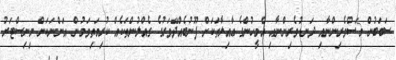
ސަބަބުން މަސްވެރިންނާއި ދަނޑުވެރިންނާއި އެމީހުންގެ ޢާއިލާތަކަށް ފޫނުބެއްދޭވަރުގެ ގެއްލުންތަކެއް ކުރިމަތިވަމުން އަންނަކަން މިނިސްޓަރު